Investigations into the jail dietaries of the United Provinces with some observations on the influence of dietary on the physical development and well-being of the people of the United Provinces - Number 48
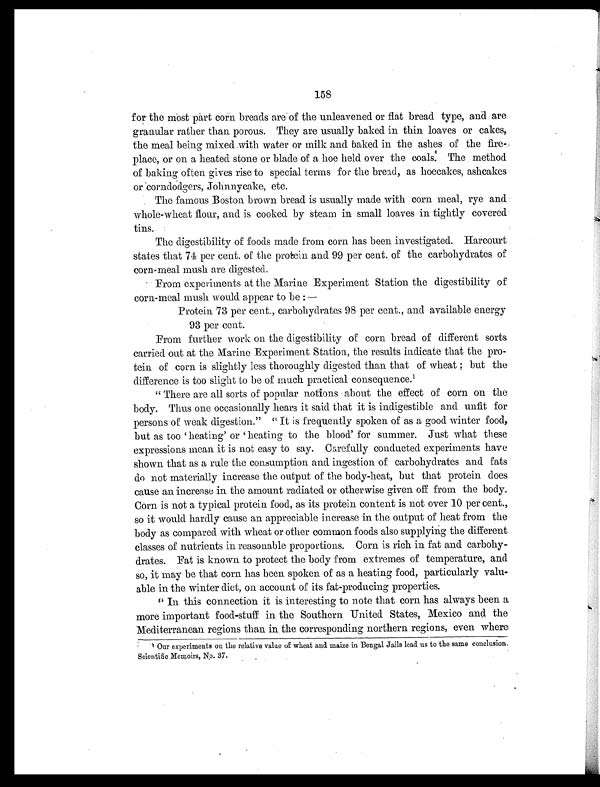
158
for the Most part corn breads are of the unleavened or fiat bread type, and are
granular rather than porous. They are usually baked in thin loaves or cakes,
the meal being mixed with water or milk and baked in the ashes of the fire-
place, or on a heated stone or blade of a hoe held over the coals. The method
of baking often gives rise to special terms for the bread, as hoecakes, ashcakes
or coriadodgers, Johnnycake, etc.
The famous Boston brown bread is usually made with corn meal, rye and
whole-wheat flour, and is cooked by steam in small loaves in tightly covered
tins.
The digestibility of foods made from corn has been investigated. Harcourt
states that 74 per cent. of the protein and 99 per cent. of the carbohydrates of
corn-meal mush are digested.
From experiments at the Marine Experiment Station the digestibility of
corn-meal mush would appear to be :
Protein 73 per cent., carbohydrates 98 per cent., and available energy
93 per cent.
From further work on the digestibility of corn bread of different sorts
carried out at the Marine Experiment Station, the results indicate that the pro-
tein of corn is slightly less thoroughly digested than that of wheat ; but the
difference is too slight to be of much practical consequence. 1
" There are all sorts of popular notions about the effect of corn on the
body. Thus one occasionally hears it said that it is indigestible and unfit for
persons of weak digestion." " It is frequently spoken of as a good winter food,
but as too ' heating' or ' heating to the blood' for summer. Just what these
expressions mean it is not easy to say. Carefully conducted experiments have
shown that as a rule the consumption and ingestion of carbohydrates and fats
do not materially increase the output of the body-heat, but that protein does
cause an increase in the amount radiated or otherwise given off from the body.
Corn is not a typical protein food, as its protein content is not over 10 per cent.,
so it would hardly cause an appreciable increase in the output of heat from the
body as compared with wheat or other common foods also supplying the different
classes of nutrients in reasonable proportions. Corn is rich in fat and carbohy-
drates. Fat is known to protect the body from extremes of temperature, and
so, it may be that corn has been spoken of as a heating food, particularly valu-
able in the winter diet, on account of its fat-producing properties.
" In this connection it is interesting to note that corn has always been a
more important food-stuff in the Southern United States, Mexico and the
Mediterranean regions than in, the corresponding northern regions, even where
Scientific Memoirs, No. 37.